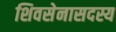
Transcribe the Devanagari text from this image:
शिवसेनासदस्य